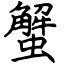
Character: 蟹